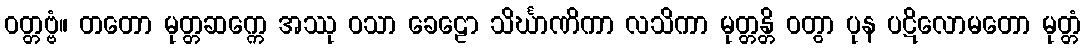
ဝတ္တဗ္ဗံ။ တတော မုတ္တဆက္ကေ အဿု ဝသာ ခေဠော သိင်္ဃာဏိကာ လသိကာ မုတ္တန္တိ ဝတွာ ပုန ပဋိလောမတော မုတ္တံ